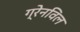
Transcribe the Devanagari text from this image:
ग्रेनविल